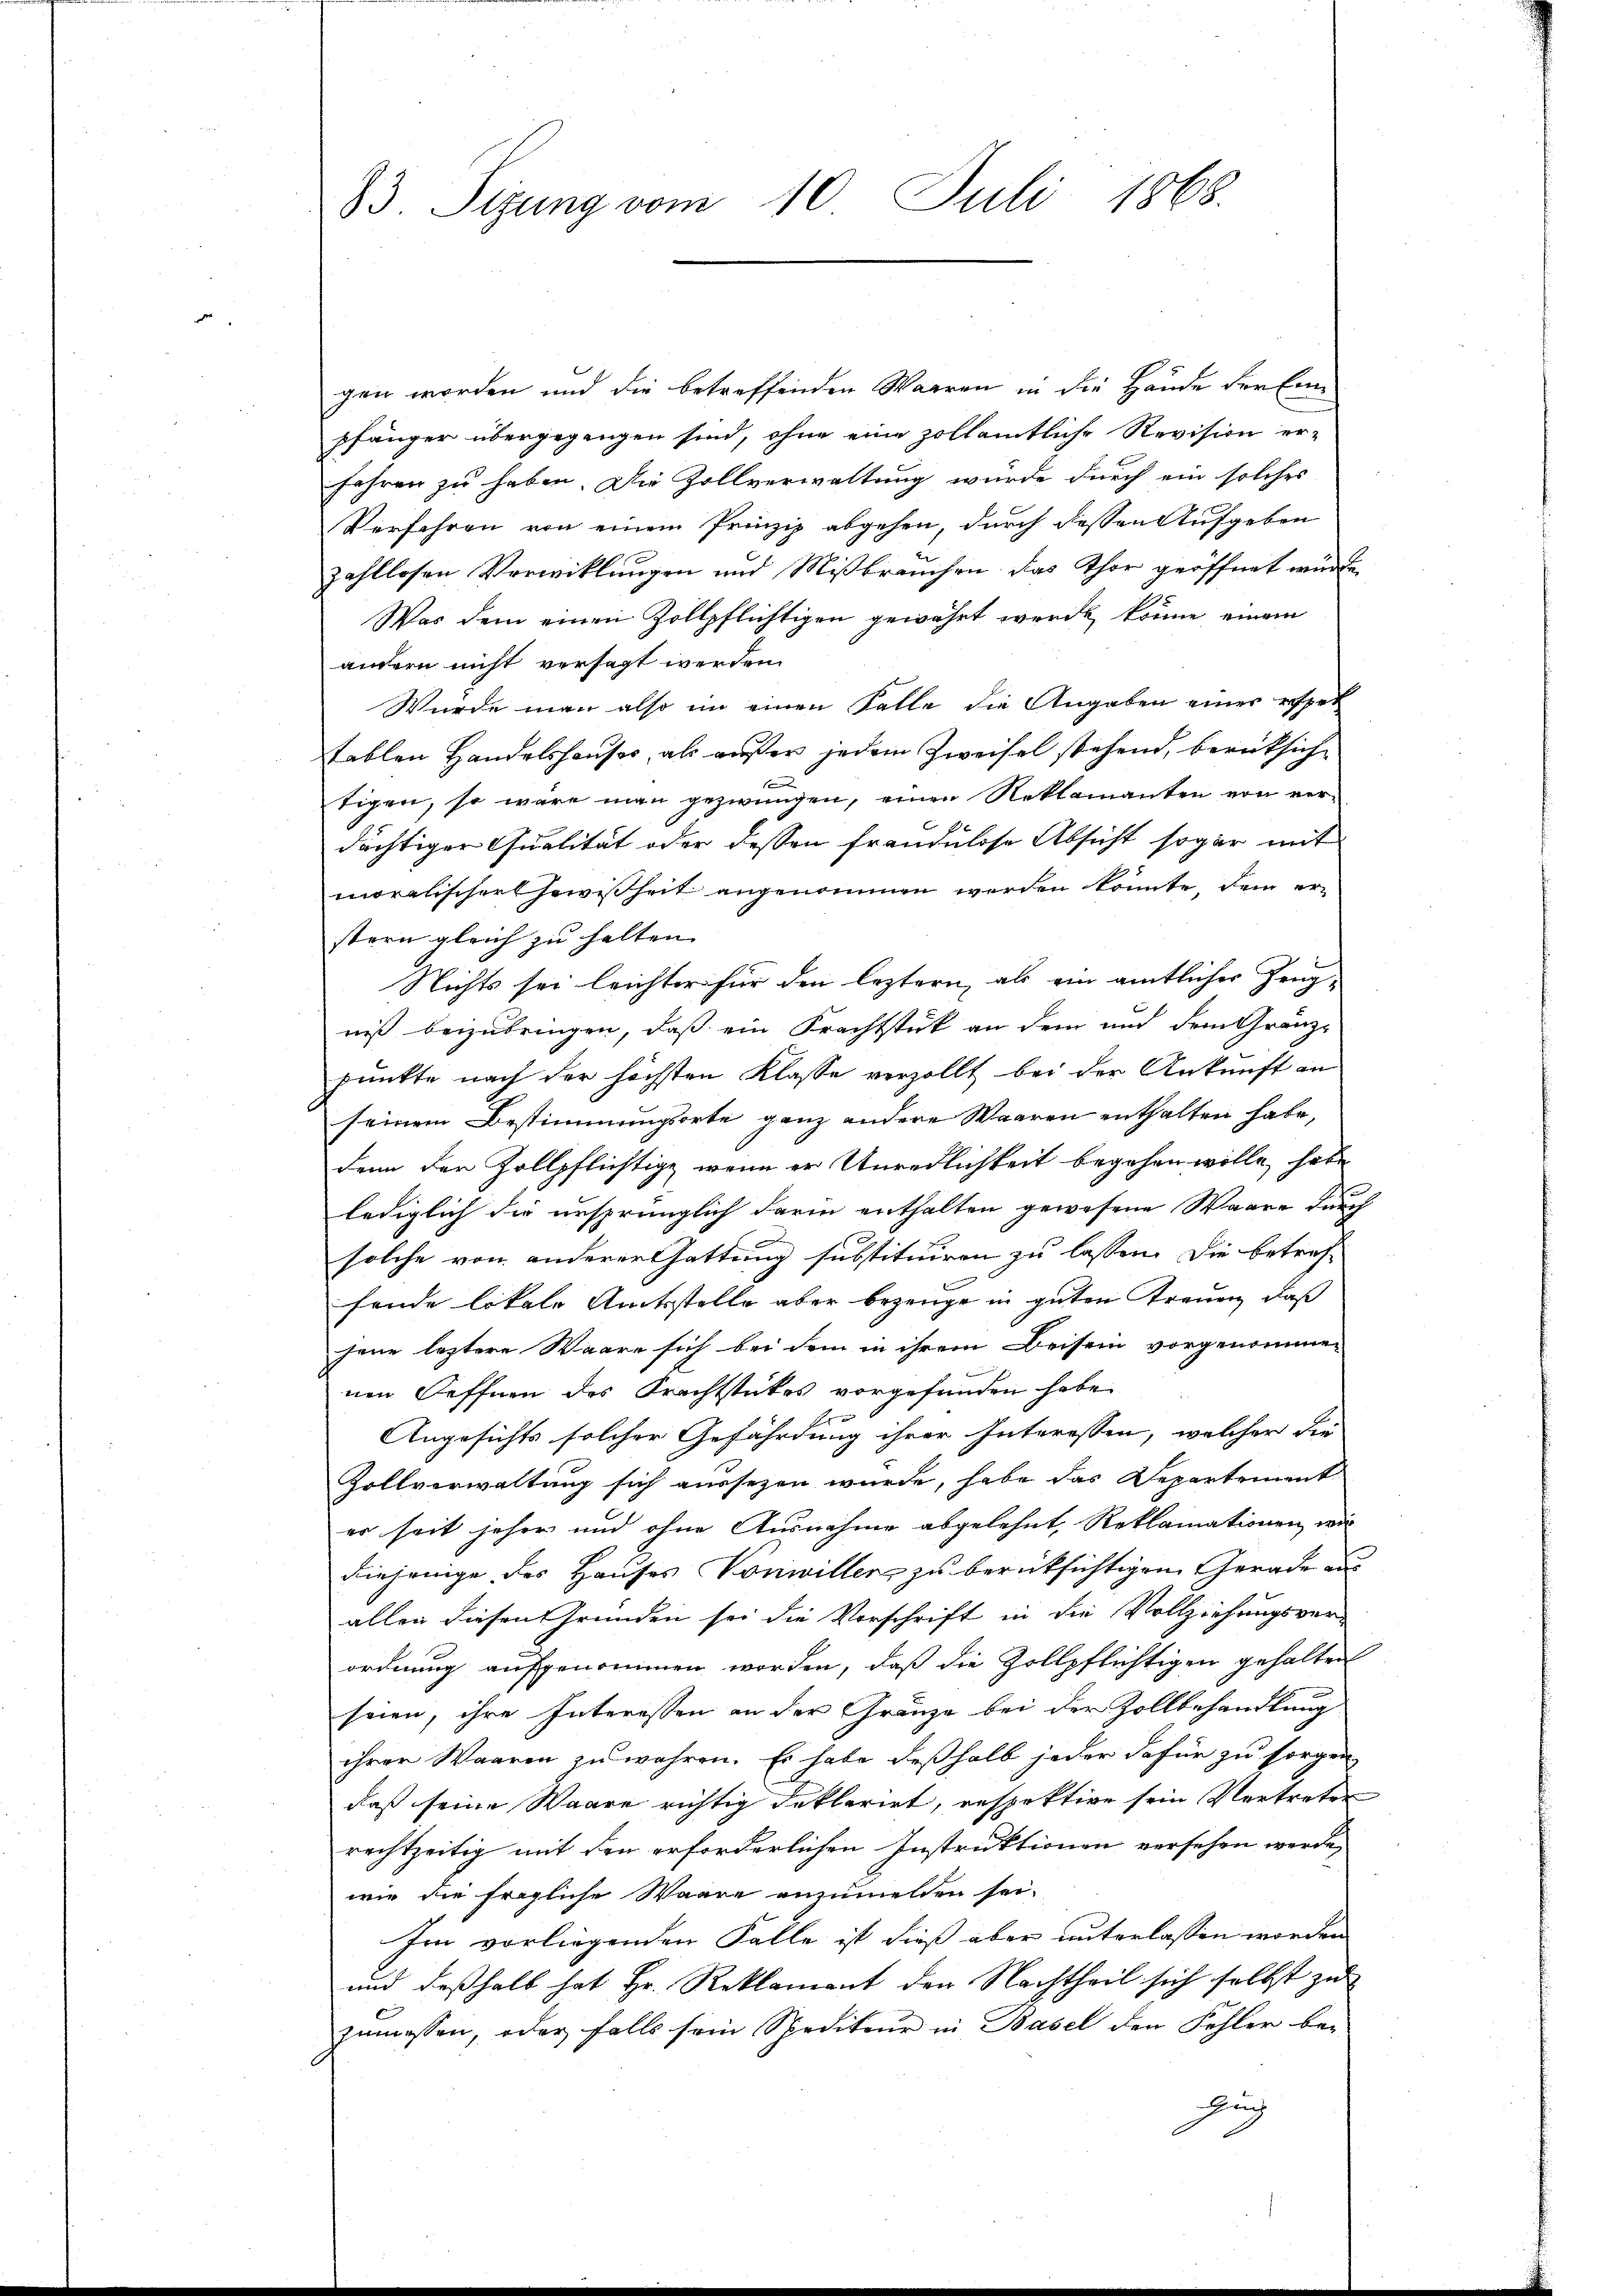
83. Sizung vom 10. Juli 1868.

gen worden und die betreffenden Waaren in die Hände der Ein
pfänger übergegangen sind, ohne eine zollamtliche Revision er-
fahren zu haben. Die Zollverwaltung wurde durch ein solches
Verfahren von einem Prinzip abgehen, durch dessen Aufgeben
zahllosen Verwicklungen und Mißbrauchen das Thor geöffnet würde.
Was dem einen Zollpflichtigen gewährt werde, könne einem
andern nicht versagt werden.
Wurde man also im einen Falle die Angaben einer respek
tablen Handelshauses, als außer jedem Zweifel stehend, berücksiche
tigen, so wäre man gezwungen, einen Reklamanten von verdächtiger Qualität oder dessen frandulose Absicht sogar mit
moralischer Gewißheit angenommen werden könnte, dem er-
stern gleich zu halten. |
Nichts sei leichter für den leztern, als ein amtlicher Zeug-
niß beizubringen, daß ein Frachtstik an dem und dem Gränzpunkte nach der höchsten Klasse verzollt bei der Ankunft an
seinem Bestimmungsorte ganz andere Waaren enthalten habe,
denn der Zollpflichtige, wenn er Unredlichkeit begehen wille, habe
lediglich die ursprünglich darin enthalten gewesene Waare durch
solche von anderer Gattung substituiren zu lassen. Die betref-
fende lokale Amtsstelle aber bezeuge in guten Trauen, daß
jene leztere Waare sich bei dem in ihrem Beisein vorgenommen
nen Oeffnen des Frachtstückes vorgefunden habe.
A
Angesichts solcher Gefährdung ihrer Interessen, welcher die
Zollverwaltung sich aussezen wurde, habe das Departement
er seit jeher und ohne Ausnahme abgelehnt, Reklamationen wir
diejenige des Hauses Vonwillers zu berücksichtigen Gerade aus
allen diesen Gründen sei die Vorschrift in die Vollziehungsver-
ordnung aufgenommen worden, daß die Zollpflichtigen gehalten
seien, ihre Interessen an der Gränze bei der Zollbehandlung
ihrer Waaren zu wahren. Es habe deßhalb jeder dafür zu sorgen
daß seine Waare richtig deklarirt, respektive sein Vertreter
rechtzeitig mit den erforderlichen Instruktionen versehen werde,
wie die fragliche Waare anzumelden sei.
Im vorliegenden Falle ist dieß aber unterlassen worden
und deßhalb hat Hr. Reklamant den Nachtheil sich selbst zu
zumessen, oder falls sein Spediteur in Basel den Fehler bei
Zuch